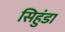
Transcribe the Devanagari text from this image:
सिहुंडा